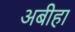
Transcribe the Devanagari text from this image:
अबीहा